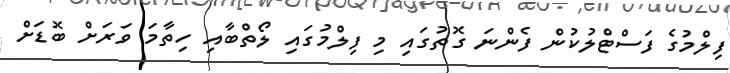
ފިލްމުގެ ފަސްޓްލުކުން ފެންނަ ގޮތުގައި މި ފިލްމުގައި ލޯތްބާއި ހިތާމަ ވަރަށް ބޮޑަށް